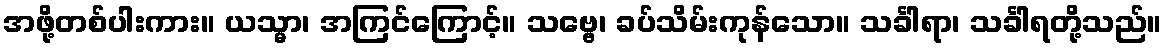
အဖို့တစ်ပါးကား။ ယသ္မာ၊ အကြင်ကြောင့်။ သဗ္ဗေ၊ ခပ်သိမ်းကုန်သော။ သင်္ခါရာ၊ သင်္ခါရတို့သည်။